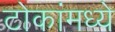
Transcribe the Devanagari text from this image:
टोकांमध्ये